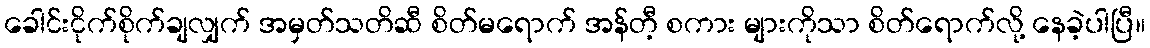
ခေါင်းငိုက်စိုက်ချလျှက် အမှတ်သတိဆီ စိတ်မရောက် အန်တီ့ စကား များကိုသာ စိတ်ရောက်လို့ နေခဲ့ပါပြီ။